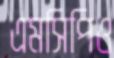
এমসিপিও